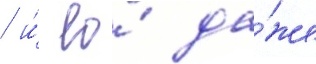
/ и́ ео́ да́же